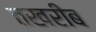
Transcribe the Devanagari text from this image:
तखरीब